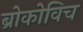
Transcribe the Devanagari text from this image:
ब्रोकोविच